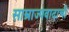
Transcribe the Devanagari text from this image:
साम्राज्यवादाची